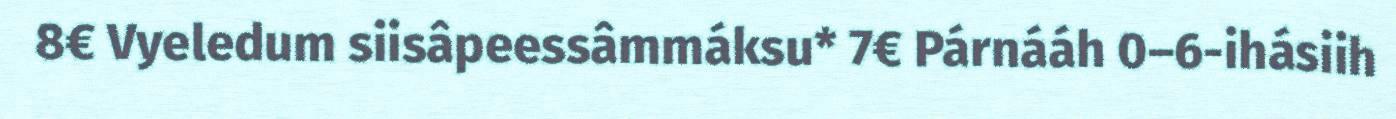
8€ Vyeledum siisâpeessâmmáksu* 7€ Párnááh 0–6-ihásiih